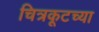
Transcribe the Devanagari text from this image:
चित्रकूटच्या